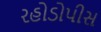
રહોડોપીસ